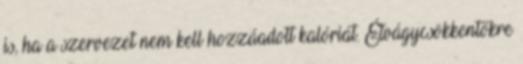
is, ha a szervezet nem kell hozzáadott kalóriát. Étvágycsökkentőkre